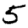
Digit: 5